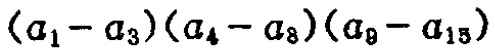
\((a_{1}-a_{3})(a_{4}-a_{8})(a_{9}-a_{15})\)